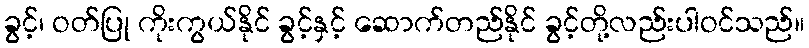
ခွင့်၊ ဝတ်ပြု ကိုးကွယ်နိုင် ခွင့်နှင့် ဆောက်တည်နိုင် ခွင့်တို့လည်းပါဝင်သည်။